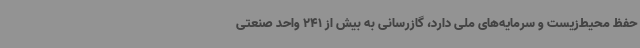
حفظ محیط‌زیست و سرمایه‌های ملی دارد، گازرسانی به بیش از 241 واحد صنعتی